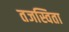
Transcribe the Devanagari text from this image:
तजस्विता